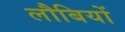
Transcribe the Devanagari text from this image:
लौबियों